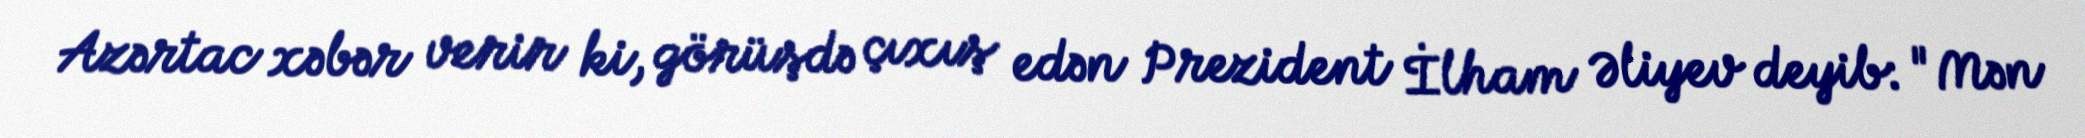
Azərtac xəbər verir ki, görüşdə çıxış edən Prezident İlham Əliyev deyib: "Mən